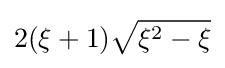
2(\xi +1){\sqrt {\xi ^{2}-\xi }}